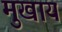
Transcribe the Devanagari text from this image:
मुखाय